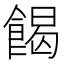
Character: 餲